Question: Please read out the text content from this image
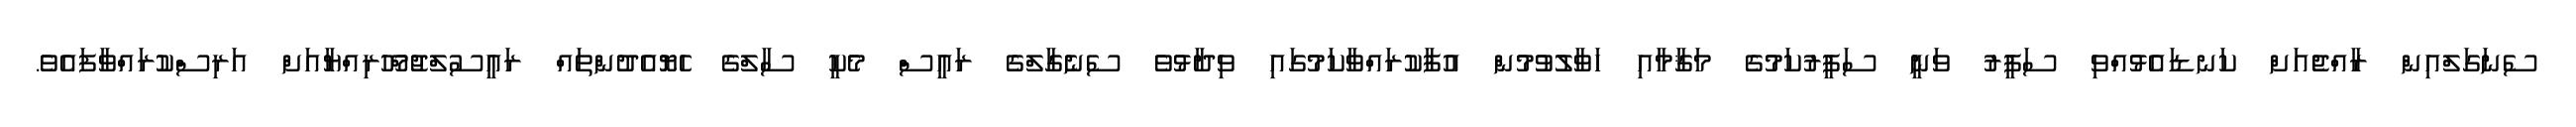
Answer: ސެނަގަލްއިން ރާއްޖެއަށް ކަނޑައެޅުއްވި ސަފީރު ވަނީ ސަފީރުކަމުގެ މަޤާމާއި ހަވާލުވުމުން އުފާކުރައްވާކަމުގައި ވިދާޅުވެ ސެނެގާލްގެ ރައީސް މެކީ ސާލްގެ ހެޔޮއެދުންތައް ރައީސުލްޖުމްހޫރިއްޔާއަށް އަރިސްކުރައްވާފައެވެ.